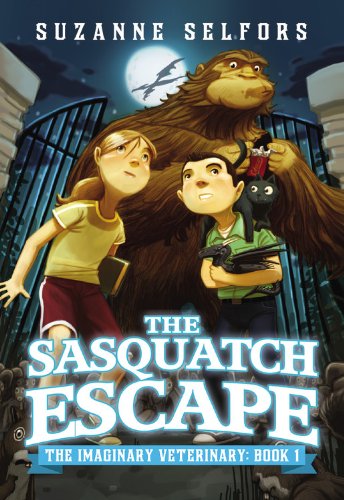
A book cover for The Sasquatch Escape (The Imaginary Veterinary); Suzanne Selfors; Children's Books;